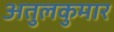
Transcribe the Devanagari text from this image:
अतुलकुमार